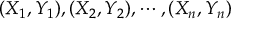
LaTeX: ( X _ { 1 } , Y _ { 1 } ) , ( X _ { 2 } , Y _ { 2 } ) , \cdots , ( X _ { n } , Y _ { n } )